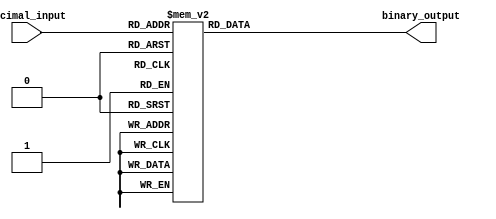
module DecimalToBinaryEncoder (
    input  [3:0] decimal_input,  // 4-bit decimal input
    output reg [3:0] binary_output // 4-bit binary output
);

// Always block to handle combinational logic
always @(*) begin
    // Default output (if no valid input is detected)
    binary_output = 4'b0000; 

    case (decimal_input)
        4'b0000: binary_output = 4'b0000; // 0
        4'b0001: binary_output = 4'b0001; // 1
        4'b0010: binary_output = 4'b0010; // 2
        4'b0011: binary_output = 4'b0011; // 3
        4'b0100: binary_output = 4'b0100; // 4
        4'b0101: binary_output = 4'b0101; // 5
        4'b0110: binary_output = 4'b0110; // 6
        4'b0111: binary_output = 4'b0111; // 7
        4'b1000: binary_output = 4'b1000; // 8
        4'b1001: binary_output = 4'b1001; // 9
        default: binary_output = 4'b0000; // Handle invalid input
    endcase
end

endmodule